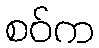
စဝ်က